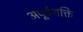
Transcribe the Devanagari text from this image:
अपूर्वशक्ति